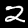
Label: 2